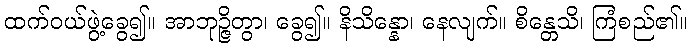
ထက်ဝယ်ဖွဲ့ခွေ၍။ အာဘုဉ္ဇိတွာ၊ ခွေ၍။ နိသိန္နော၊ နေလျက်။ စိန္တေသိ၊ ကြံစည်၏။